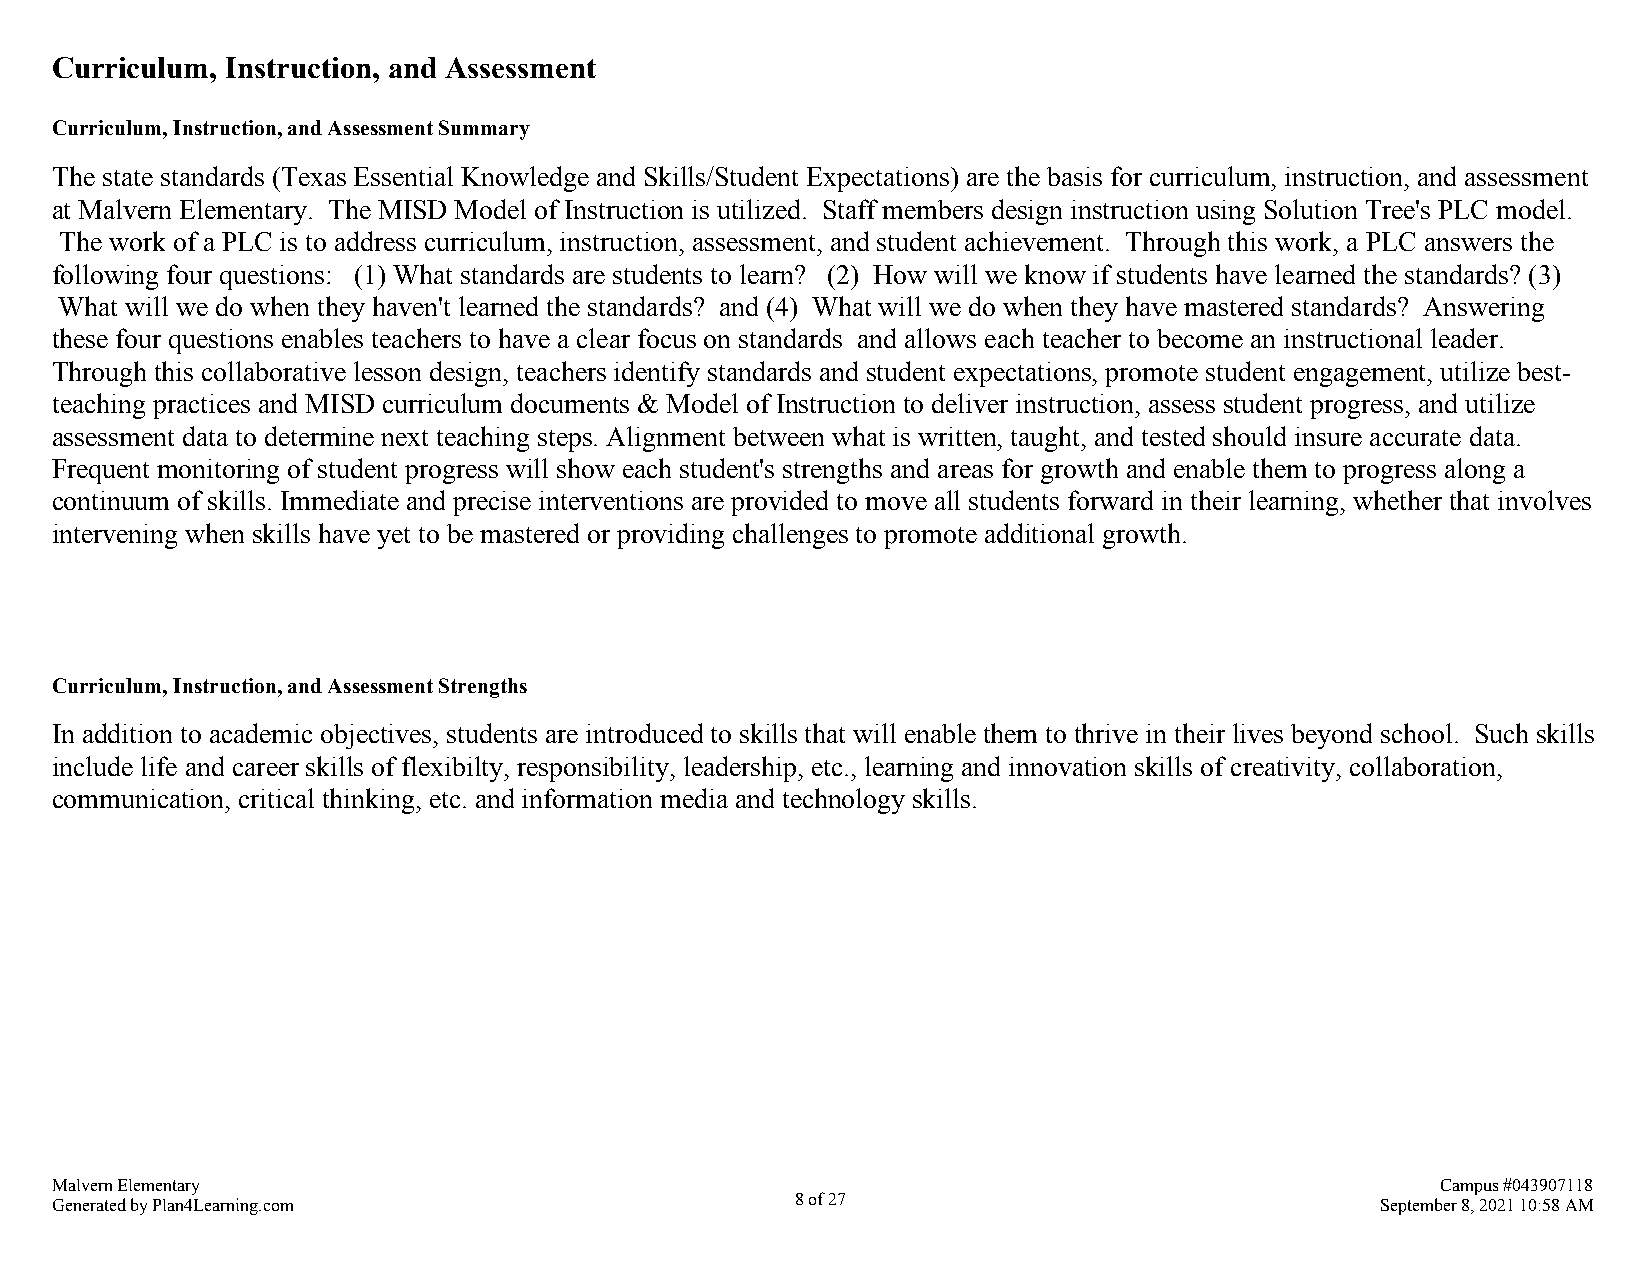
Curriculum, Instruction, and Assessment
 Curriculum, Instruction, and Assessment Summary
 The state standards (Texas Essential Knowledge and Skills/Student Expectations) are the basis for curriculum, instruction, and assessment
 at Malvern Elementary. The MISD Model of Instruction is utilized. Staff members design instruction using Solution Tree's PLC model.
 The work of a PLC is to address curriculum, instruction, assessment, and student achievement. Through this work, a PLC answers the
 following four questions: (1) What standards are students to learn? (2) How will we know if students have learned the standards? (3)
 What will we do when they haven't learned the standards? and (4) What will we do when they have mastered standards? Answering
 these four questions enables teachers to have a clear focus on standards and allows each teacher to become an instructional leader.
 Through this collaborative lesson design, teachers identify standards and student expectations, promote student engagement, utilize best-
 teaching practices and MISD curriculum documents & Model of Instruction to deliver instruction, assess student progress, and utilize
 assessment data to determine next teaching steps. Alignment between what is written, taught, and tested should insure accurate data.
 Frequent monitoring of student progress will show each student's strengths and areas for growth and enable them to progress along a
 continuum of skills. Immediate and precise interventions are provided to move all students forward in their learning, whether that involves
 intervening when skills have yet to be mastered or providing challenges to promote additional growth.
 Curriculum, Instruction, and Assessment Strengths
 In addition to academic objectives, students are introduced to skills that will enable them to thrive in their lives beyond school. Such skills
 include life and career skills of flexibilty, responsibility, leadership, etc., learning and innovation skills of creativity, collaboration,
 communication, critical thinking, etc. and information media and technology skills.
 Malvern Elementary                                                                          Campus #043907118
 Generated by Plan4Learning.com                    8 of 27                               September 8, 2021 10:58 AM